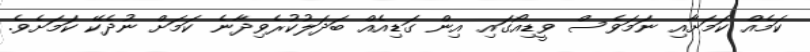
ކަމެއް ކަމަށާއި ނަމަވެސް ވީޑިއޯގައި އިން ގަޑިއެއް ބަދަލުކުރެވިދާނެ ކަމަށް ނުދެކޭ ކަމަށެވެ.